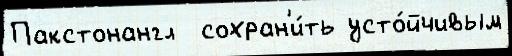
Пакстонангл  сохран'и́ть усто́йчивым